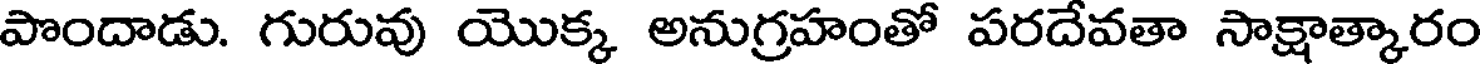
పొందాడు. గురువు యొక్క అనుగ్రహంతో పరదేవతా సాక్షాత్కారం